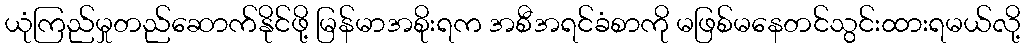
ယုံကြည်မှုတည်ဆောက်နိုင်ဖို့ မြန်မာအစိုးရက အစီအရင်ခံစာကို မဖြစ်မနေတင်သွင်းထားရမယ်လို့